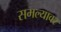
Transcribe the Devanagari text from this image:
समल्यावर